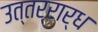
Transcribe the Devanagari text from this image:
उत्तर्रार्ध